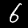
Label: 6